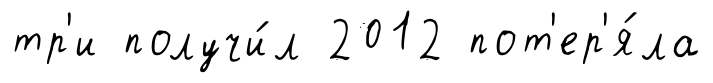
тр'и получи́л 2012 пот'ер'я́ла